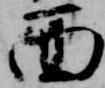
面